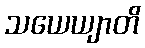
သယေယျာတိ